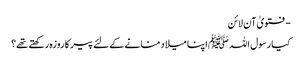
- فتویٰ آن لائن
کیا رسول اللہ ﷺ اپنا میلاد منانے کے لئے پیر کا روزہ رکھتے تھے؟